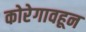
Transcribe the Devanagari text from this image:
कोरेगावहून